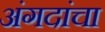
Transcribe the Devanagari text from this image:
अंगदांचा